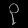
Digit: ၃